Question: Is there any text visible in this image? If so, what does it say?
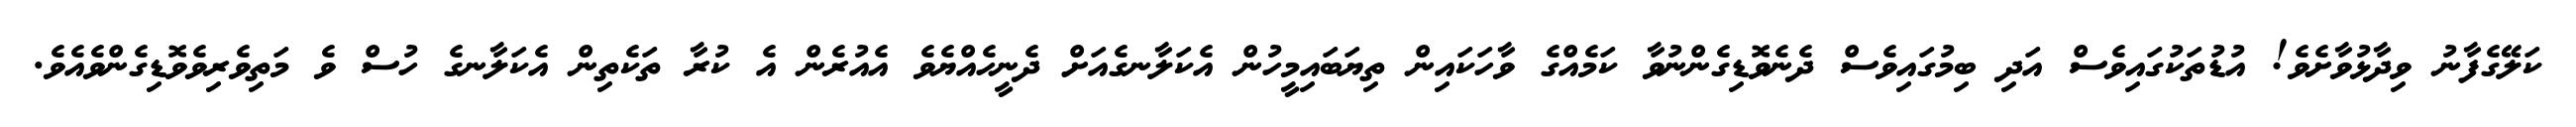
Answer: ކަލޭގެފާނު ވިދާޅުވާށެވެ! އުޑުތަކުގައިވެސް އަދި ބިމުގައިވެސް ދެނެވޮޑިގެންނުވާ ކަމެއްގެ ވާހަކައިން ތިޔަބައިމީހުން އެކަލާނގެއަށް ދެނީހެއްޔެވެ އެއުރެން އެ ކުރާ ތަކެތިން އެކަލާނގެ ހުސް ވެ މަތިވެރިވެވޮޑިގެންވެއެވެ.